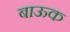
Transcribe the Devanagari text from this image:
बाऊक